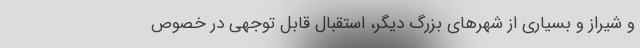
و شیراز و بسیاری از شهر‌های بزرگ دیگر، استقبال قابل توجهی در خصوص